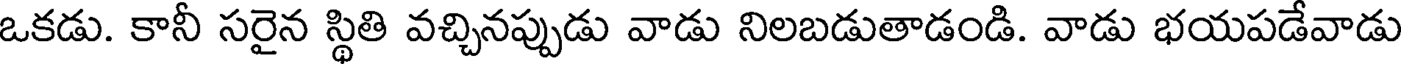
ఒకడు. కానీ సరైన స్థితి వచ్చినప్పుడు వాడు నిలబడుతాడండి. వాడు భయపడేవాడు